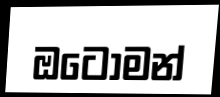
ඔටෝමන්